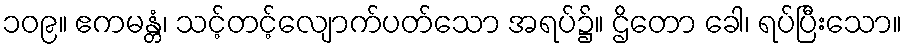
၁၀၉။ ဧကမန္တံ၊ သင့်တင့်လျောက်ပတ်သော အရပ်၌။ ဌိတော ခေါ၊ ရပ်ပြီးသော။